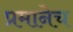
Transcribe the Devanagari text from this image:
प्रमानेच